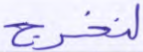
لنخرج